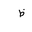
Letter: _za